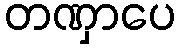
တဏှာပေ